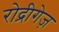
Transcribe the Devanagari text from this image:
रोद्रीगेज़